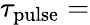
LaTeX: \tau_{\mathrm{pulse}}=